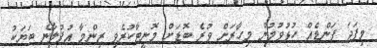
މިފަދަ ފަންޑެއް ހުޅުވުމުން މިހާރަށް ވުރެ ބޮޑަށް މޮނީޓާކުރެވި ޒިންމާ އުފުލާނެ ބަޔަކު